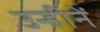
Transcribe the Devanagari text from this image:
उन्हीनें